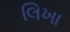
લિખા